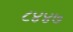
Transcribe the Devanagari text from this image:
८४४७